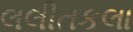
લલીતકલા